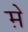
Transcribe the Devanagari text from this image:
म़े